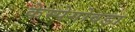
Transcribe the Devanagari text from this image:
केम्पेगोवडा